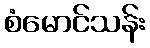
စံမောင်သန်း